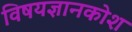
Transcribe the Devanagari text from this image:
विषयज्ञानकोश